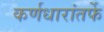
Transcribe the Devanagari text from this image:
कर्णधारांतर्फे